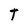
Character: t